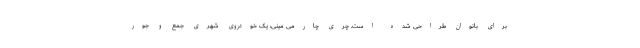
برای بانوان طراحی شده است. چری چارمی مینی، یک خودروی شهری جمع و جور